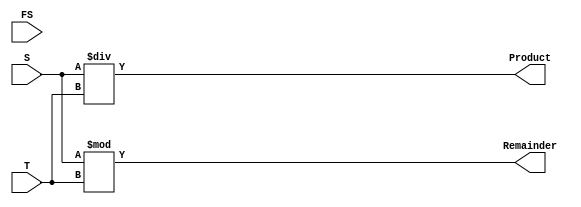
`timescale 1ns / 1ps
/****************************** C E C S  4 4 0 ******************************
 * 
 * File Name:  DIV_.32v
 * Project:    Integer Datapath
 * Designer:   Kassandra Flores
 * Rev. No.:   Version 1.0
 *
 * Purpose: To perform ALU Operation: Divison. Division of operands will be 
 *          S divided by T. Product of division will be outputted into 32 
 *          bit reg typ. Remainder of divison will be outputted into 32 
 *				bit reg type.
 *
 ****************************************************************************/
module DIV_32(S,T,Product,Remainder,FS
    );
/////////////////////////////////
// INPUTS
/////////////////////////////////
	input [31:0] S;
	input [31:0] T;
	input [4:0] FS; // Function Select
/////////////////////////////////
// OUTPUTS
/////////////////////////////////
	output reg [31:0]Product;
	output reg [31:0] Remainder;
	
	integer int_S, int_T;
	// casted to int so verilog will know they are
	// eithor a negative or positive number.
	always@(*)
		begin
		int_S = S;
		int_T = T;
		Product = int_S / int_T;
		Remainder = int_S % int_T;
		end

endmodule